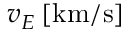
v _ { E } \, [ \mathrm { k m } / \mathrm { s } ]